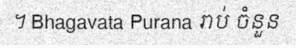
។ Bhagavata Purana រាប់ ចំនួន